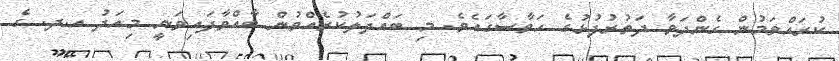
ކުރައްވަމުން ގެންދަވާ ދަތުރުފުޅުގެ ހަވާސާގައެވެ. މި ބައްދަލުކުރެއްވުން ބާއްވާފައިވަނީ މިއަދު އ.ދ. ގެ